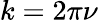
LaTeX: k=2\pi\nu